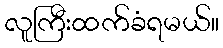
လူကြီးထက်ခံရမယ်။